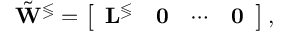
\begin{array} { r } { \tilde { \mathbf { W } } ^ { \lessgtr } = \left[ \begin{array} { l l l l } { \mathbf { L } ^ { \lessgtr } } & { \mathbf { 0 } } & { \cdots } & { \mathbf { 0 } } \end{array} \right] , } \end{array}